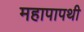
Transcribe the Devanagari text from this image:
महापापथी